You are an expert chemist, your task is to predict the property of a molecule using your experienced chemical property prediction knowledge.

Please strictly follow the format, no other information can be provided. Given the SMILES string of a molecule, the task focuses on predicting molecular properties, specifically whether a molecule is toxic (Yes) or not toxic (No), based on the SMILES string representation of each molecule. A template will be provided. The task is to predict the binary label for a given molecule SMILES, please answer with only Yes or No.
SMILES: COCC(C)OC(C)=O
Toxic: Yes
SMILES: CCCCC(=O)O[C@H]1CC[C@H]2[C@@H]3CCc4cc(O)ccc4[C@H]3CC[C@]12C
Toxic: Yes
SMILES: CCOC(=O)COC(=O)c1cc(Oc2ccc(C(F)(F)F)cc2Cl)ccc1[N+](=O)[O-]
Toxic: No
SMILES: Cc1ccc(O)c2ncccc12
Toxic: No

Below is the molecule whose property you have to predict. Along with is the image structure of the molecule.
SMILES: CC(C)(C)NC[C@H](O)COc1cccc2c1CCCC2=O
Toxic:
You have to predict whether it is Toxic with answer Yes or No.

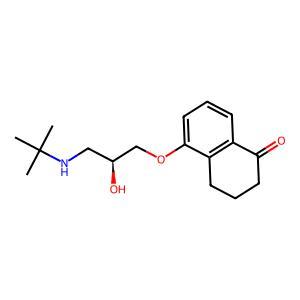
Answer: No